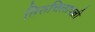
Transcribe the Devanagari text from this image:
तिरुचिलापल्ली